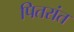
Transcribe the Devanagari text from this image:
पितरांत